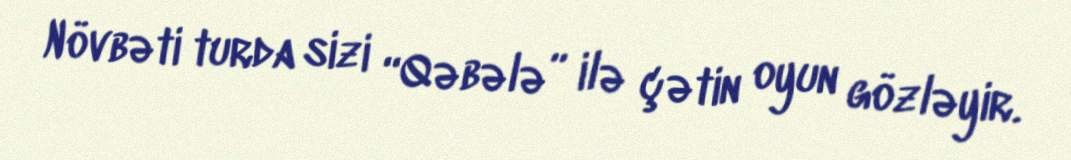
Növbəti turda sizi “Qəbələ” ilə çətin oyun gözləyir.